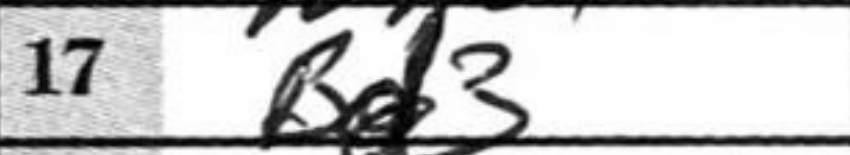
Transcription: Bd3